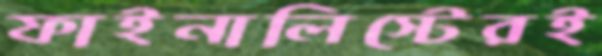
ফাইনালিস্টেরই